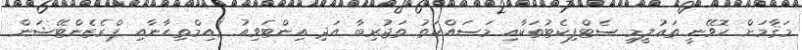
މަޤާމަށް ހޮވޭނީ ތަޢުލީމީ ސެޓްފިކެޓުތަކާއި މަސައްކަތު ތަޖުރިބާ އަދި އިންޓަވިއު (އިމްތިޙާނާއި ޕްރެޒެންޓޭޝަން